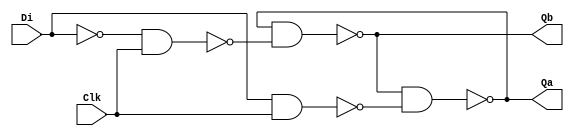
module D(Di, Clk, Qa, Qb);

	input Di, Clk;
	output Qa, Qb;
	
	wire R, S_g, R_g; /* synthesis keep */
	
	nand(S_g, Di, Clk);
	not(R, Di);
	nand(R_g, R, Clk);
	nand(Qa, Qb, S_g);
	nand(Qb, Qa, R_g);

endmodule